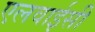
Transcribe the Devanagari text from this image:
एलवाईसी